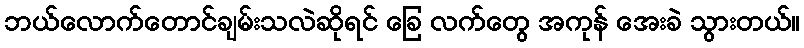
ဘယ်လောက်တောင်ချမ်းသလဲဆိုရင် ခြေ လက်တွေ အကုန် အေးခဲ သွားတယ်။